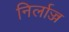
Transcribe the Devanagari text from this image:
निर्लाज्ज